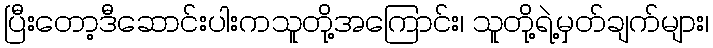
ပြီးတော့ဒီဆောင်းပါးကသူတို့အကြောင်း၊ သူတို့ရဲ့မှတ်ချက်များ၊